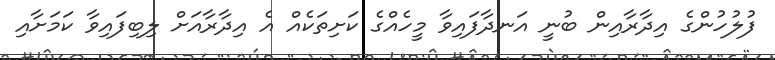
ފުލުހުންގެ އިދާރާއިން ބުނީ އަނދާފައިވާ މީހެއްގެ ކަށިތަކެއް އެ އިދާރާއަށް ލިބިފައިވާ ކަމަށާއި